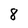
Character: 8